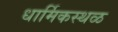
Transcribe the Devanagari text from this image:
धार्मिकस्थळ